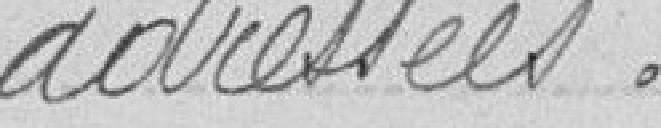
adressées.